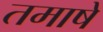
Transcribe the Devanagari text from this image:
तमाषे